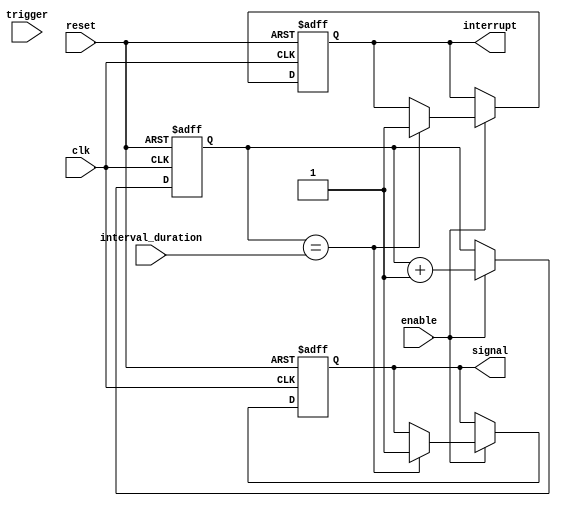
module IntervalTimer (
    input wire clk,      // Clock input
    input wire reset,    // Reset input
    input wire enable,   // Enable input
    input wire trigger,  // Trigger input
    input wire [31:0] interval_duration, // Interval duration input

    output reg interrupt, // Interrupt output
    output reg signal     // Signal output
);

reg [31:0] counter_reg;   // 32-bit counter register

always @(posedge clk or posedge reset) begin
    if (reset) begin
        counter_reg <= 0; // Reset counter register
        interrupt <= 0;   // Reset interrupt signal
        signal <= 0;      // Reset signal output
    end else if (enable) begin
        counter_reg <= counter_reg + 1; // Increment counter
        if (counter_reg == interval_duration) begin
            interrupt <= 1; // Set interrupt signal when specified interval reached
            signal <= 1;    // Set signal output when specified interval reached
        end
    end
end

endmodule